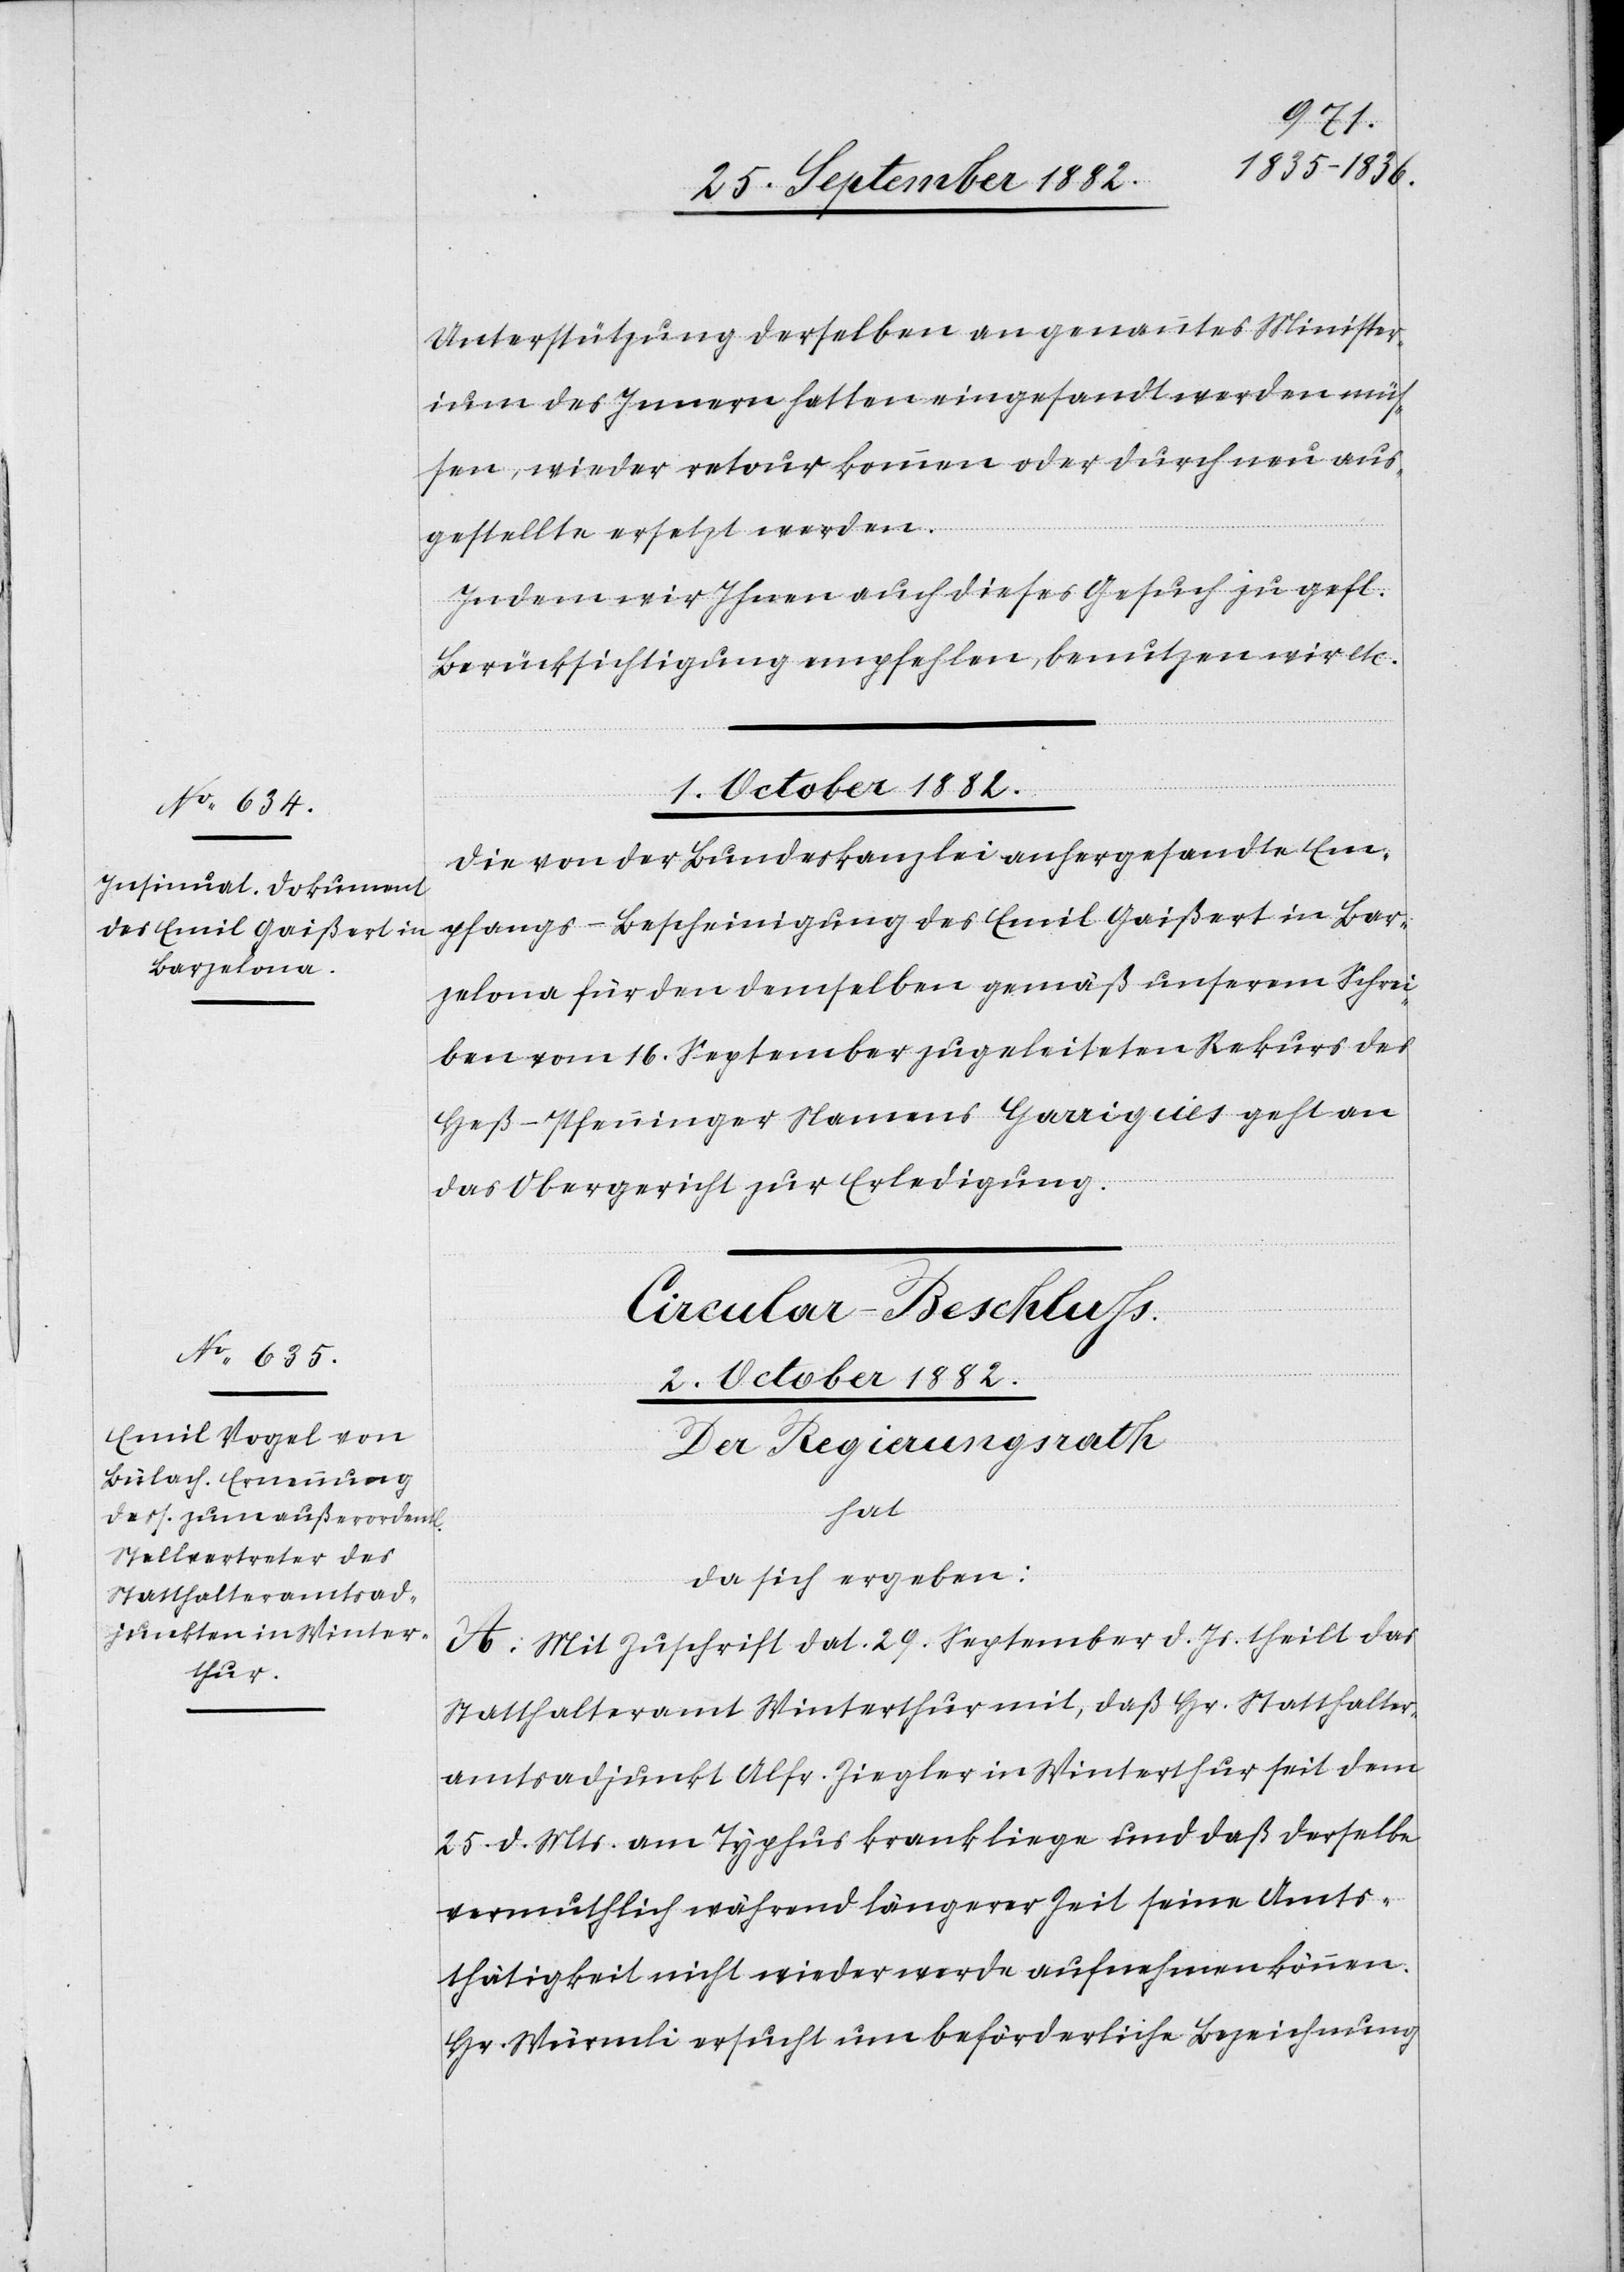
Unterstützung derselben an genanntes Minister¬
ium des Innern hatten eingesandt werden müs¬
sen, wieder retour kommen oder durch neu aus¬
gestellte ersetzt werden.
Indem wir Ihnen auch dieses Gesuch zu gefl.
Berücksichtigung empfehlen, benutzen wir etc.
1. October 1882.
Die von der Bundeskanzlei anhergesandte Em¬
pfangs-Bescheinigung des Emil Gaißert in Bar¬
zelona für den demselben gemäß unserem Schrei¬
ben vom 16. September zugeleiteten Rekurs des
Heß-Pfenninger Namens Garigues geht an
das Obergericht zur Erledigung.
Circular-Beschluß.
2. October 1882.
Der Regierungsrath
hat
da sich ergeben:
A. Mit Zuschrift dat. 29. September d. Js. theilt das
Statthalteramt Winterthur mit, daß Hr. Statthalter¬
amtsadjunkt Alfr. Ziegler in Winterthur seit dem
25. d. Mts. am Typhus krankliege und daß derselbe
vermuthlich während längerer Zeit seine Amts¬
thätigkeit nicht wieder werde aufnehmen können.
Hr. Würmli ersucht um beförderliche Bezeichnung